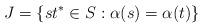
LaTeX: \begin{align*}J = \{st^* \in S : \alpha(s) = \alpha(t)\}\end{align*}